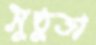
সুষ্ঠুতা